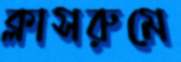
ক্লাসরুমে